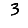
Digit: 3